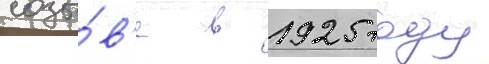
созы́в'е в 1925 году